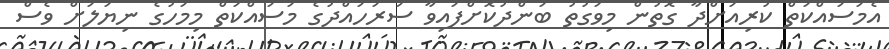
އެމަސައްކަތް ކުރިއަށްދާ ގޮތުން މިވަގުތު ބަންދުކޮށްފައިވާ ސަރަހައްދުގެ މަސައްކަތް މިމަހުގެ ނިޔަލަށް ވެސް